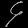
Digit: ၄